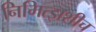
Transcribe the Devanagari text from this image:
निमित्झशीच